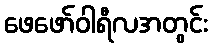
ဖေဖော်ဝါရီလအတွင်း